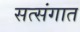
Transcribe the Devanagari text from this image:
सत्संगात